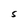
Character: S